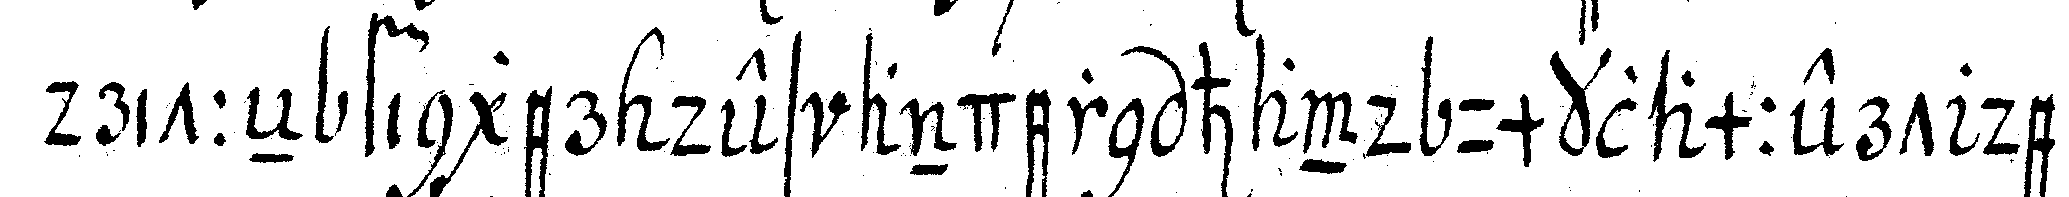
dritteN finger des andern hand umklammert der